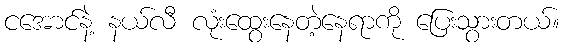
ငအောင်နဲ့ နယ်လီ လုံးထွေးနေတဲ့နေရာကို ပြေးသွားတယ်။